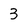
Character: 3